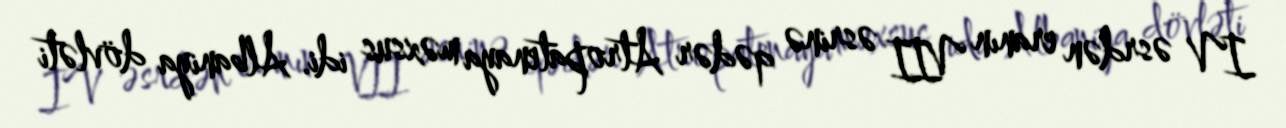
IV əsrdən eranın VII əsrinə qədər Atropatenaya məxsus idi. Albaniya dövləti